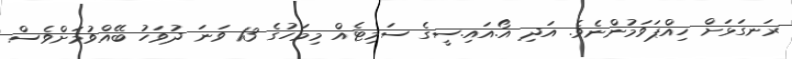
ރަނގަޅަށް ހިއްޕަވަމުންނެވެ. އަދި އޯ.އައި.ސީގެ ސަމިޓެއް މިމަހުގެ 13 ވަނަ ދުވަހު ބޭއްވުމަށްވެސް